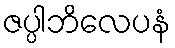
ဇပ္ပါဘိလေပနံ